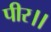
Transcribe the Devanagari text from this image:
पीर।।